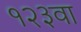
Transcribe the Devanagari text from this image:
१२३वा